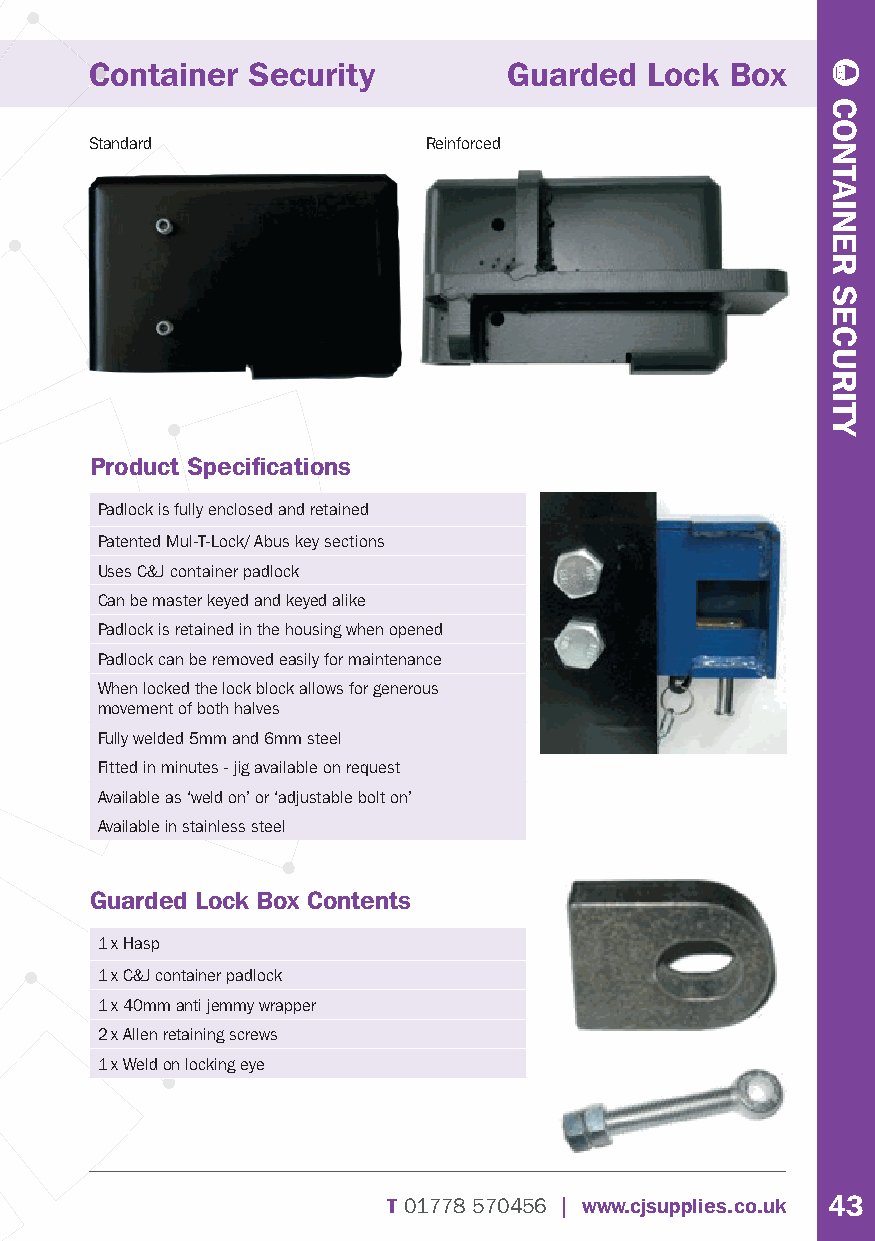
Container Security          Guarded  Lock Box
 Standard              Reinforced
 Product Specifi cations
 Padlock is fully enclosed and retained
 Patented Mul-T-Lock/ Abus key sections
 Uses C&J container padlock
 Can be master keyed and keyed alike
 Padlock is retained in the housing when opened
 Padlock can be removed easily for maintenance
 When locked the lock block allows for generous
 movement of both halves
 Fully welded 5mm and 6mm steel
 Fitted in minutes - jig available on request
 Available as ‘weld on’ or ‘adjustable bolt on’
 Available in stainless steel
 Guarded Lock Box Contents
 1 x Hasp
 1 x C&J container padlock
 1 x 40mm anti jemmy wrapper
 2 x Allen retaining screws
 1 x Weld on locking eye
 T01778 570456 | www.cjsupplies.co.uk 43
 CONTAINER
 SECURITY